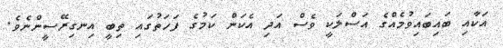
އަކާއި ބައިބައިވުމެއްގެ އަސްލަކީ ވެސް އަދި އެކަން ކަމުގެ ފަހަތުގައި ތިބީ އިނގިރޭސީންނެވެ.